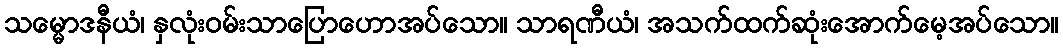
သမ္မောဒနီယံ၊ နှလုံးဝမ်းသာပြောဟောအပ်သော။ သာရဏီယံ၊ အသက်ထက်ဆုံးအောက်မေ့အပ်သော။